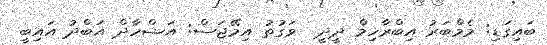
ބައިގަޑި: މެމްބަރު އިބްރާހިމް ދީދީ  ވަގުތު އިމޭޖަސް: އަޝްހާދް އަބްދު އައިބީ